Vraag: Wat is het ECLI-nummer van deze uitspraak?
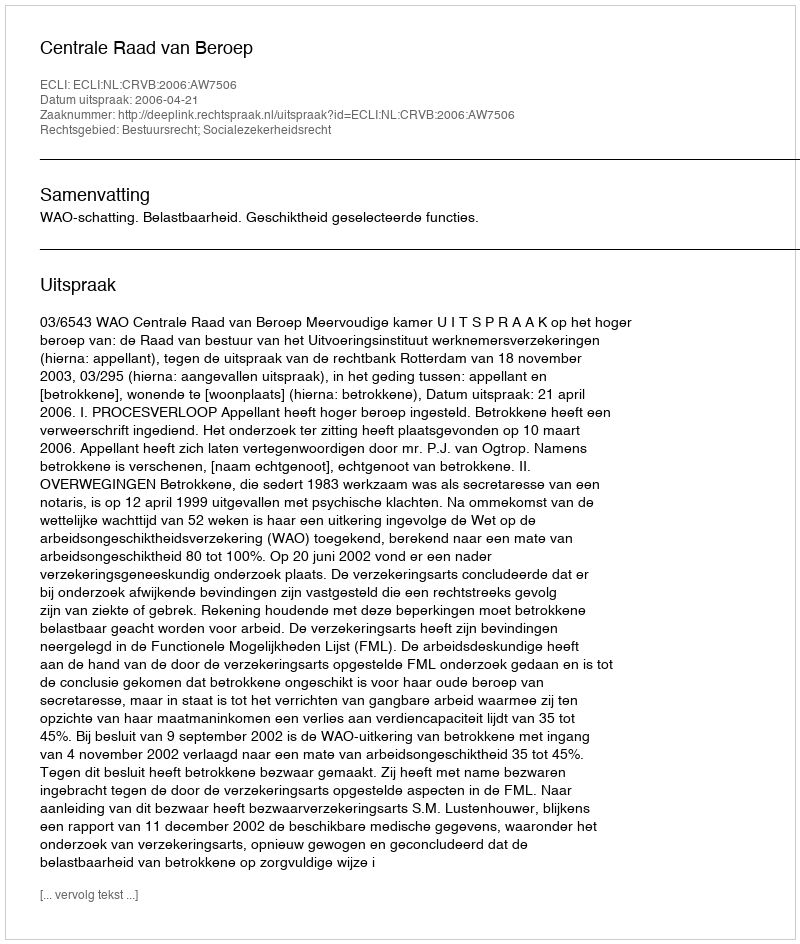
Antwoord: ECLI:NL:CRVB:2006:AW7506